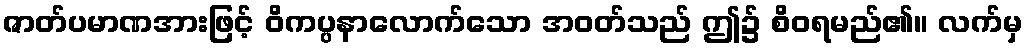
ဇာတ်ပမာဏအားဖြင့် ဝိကပ္ပနာလောက်သော အဝတ်သည် ဤ၌ စိဝရမည်၏။ လက်မှ